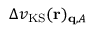
\Delta v _ { \mathrm { K S } } ( \mathbf { r } ) _ { \mathbf { q } , A }